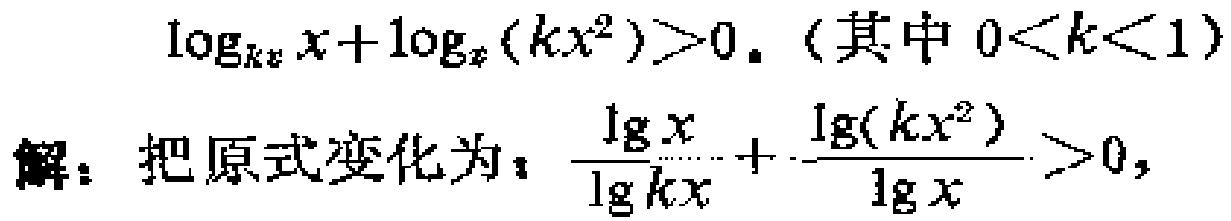
\[\log_{kx}x + \log_{x}(kx^{2})>0. \text{（其中 }0<k<1\text{）}\]
\[\text{解：把原式变化为：}\frac{\lg x}{\lg kx}+\frac{\lg(kx^{2})}{\lg x}>0,\]